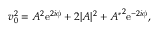
v _ { 0 } ^ { 2 } = A ^ { 2 } \mathrm { e } ^ { 2 i \phi } + 2 | A | ^ { 2 } + { A ^ { * } } ^ { 2 } \mathrm { e } ^ { - 2 i \phi } ,